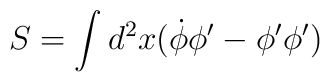
S=\int d^2x (\dot\phi\phi' - \phi'\phi')